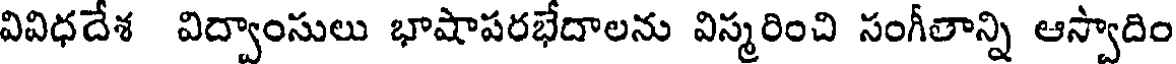
వివిధదేశ విద్వాంసులు భాషాపరభేదాలను విస్మరించి సంగీతాన్ని ఆస్వాదిం